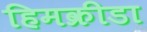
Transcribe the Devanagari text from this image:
हिमक्रीडा